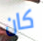
كان